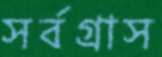
সর্বগ্রাস